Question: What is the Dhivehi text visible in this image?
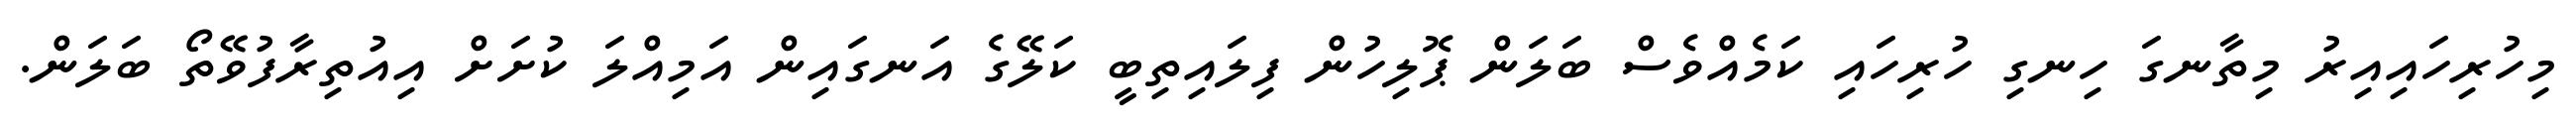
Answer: މިހުރިހައިއިރު މިތާނގަ ހިނގި ހުރިހައި ކަމެއްވެސް ބަލަން ޕޮލިހުން ފިލައިތިބީ ކަލޭގެ އަނގައިން އަމިއްލަ ކުށަށް އިއުތިރާފުވޭތޯ ބަލަން.